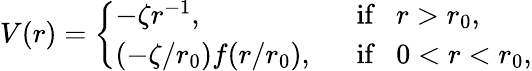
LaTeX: V(r)=\left\{ \begin{array}{ll}{{-\zeta r^{-1},~~}}&{{\mathrm{if}~~~r>r_{0},}}\\ {{(-\zeta/r_{0})f(r/r_{0}),~~}}&{{\mathrm{if}~~~0<r<r_{0},}}\end{array}\right.